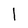
Character: l